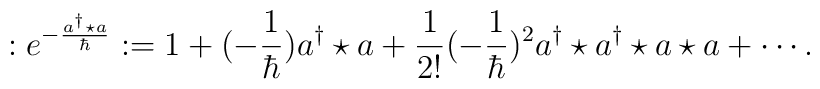
:e^{-\frac{a^\dagger \star a}{\hbar}}:=1+(-\frac{1}{\hbar})a^\dagger \star a+\frac{1}{2!}(-\frac{1}{\hbar})^2 a^\dagger \star a^\dagger \star a \star a+\cdots.